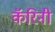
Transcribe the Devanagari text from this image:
कॅरिनी